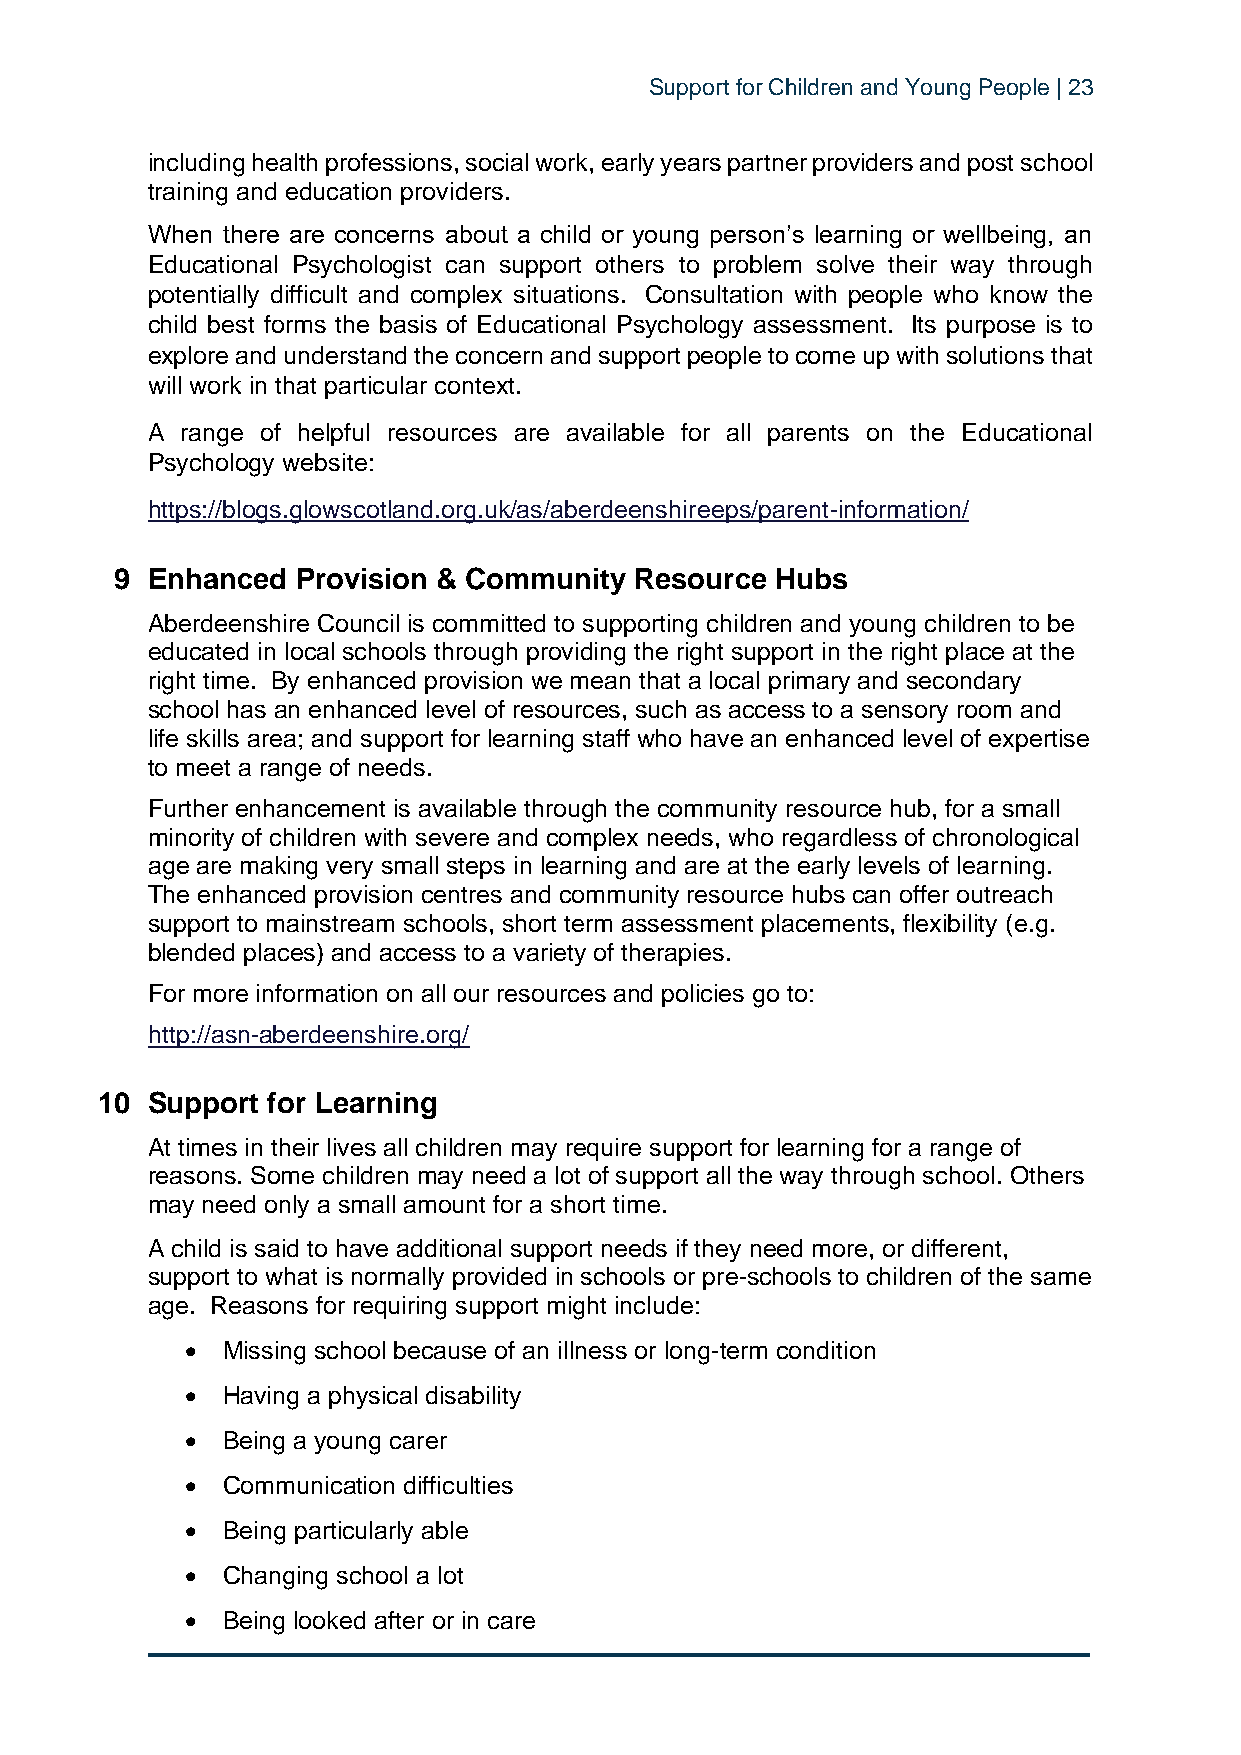
Support for Children and Young People | 23
 including health professions, social work, early years partner providers and post school
 training and education providers.
 When there are concerns about a child or young person’s learning or wellbeing, an
 Educational Psychologist can support others to problem solve their way through
 potentially difficult and complex situations. Consultation with people who know the
 child best forms the basis of Educational Psychology assessment. Its purpose is to
 explore and understand the concern and support people to come up with solutions that
 will work in that particular context.
 A range of helpful resources are available for all parents on the Educational
 Psychology website:
 https://blogs.glowscotland.org.uk/as/aberdeenshireeps/parent-information/
 9 Enhanced  Provision & Community Resource Hubs
 Aberdeenshire Council is committed to supporting children and young children to be
 educated in local schools through providing the right support in the right place at the
 right time. By enhanced provision we mean that a local primary and secondary
 school has an enhanced level of resources, such as access to a sensory room and
 life skills area; and support for learning staff who have an enhanced level of expertise
 to meet a range of needs.
 Further enhancement is available through the community resource hub, for a small
 minority of children with severe and complex needs, who regardless of chronological
 age are making very small steps in learning and are at the early levels of learning.
 The enhanced provision centres and community resource hubs can offer outreach
 support to mainstream schools, short term assessment placements, flexibility (e.g.
 blended places) and access to a variety of therapies.
 For more information on all our resources and policies go to:
 http://asn-aberdeenshire.org/
 10  Support for Learning
 At times in their lives all children may require support for learning for a range of
 reasons. Some children may need a lot of support all the way through school. Others
 may need only a small amount for a short time.
 A child is said to have additional support needs if they need more, or different,
 support to what is normally provided in schools or pre-schools to children of the same
 age. Reasons for requiring support might include:
 •  Missing school because of an illness or long-term condition
 •  Having a physical disability
 •  Being a young carer
 •  Communication difficulties
 •  Being particularly able
 •  Changing school a lot
 •  Being looked after or in care